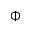
\Phi